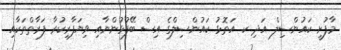
މާފުށީ ކައުންސިލް އަދި ކ. އަތޮޅު ކައުންސިލްގެ އިސް ބޭފުޅުންނާއި ވިޔަފާރިކުރާ ފަރާތްތަކާއި